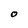
Character: O